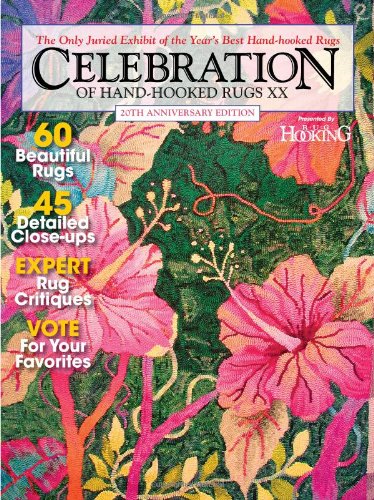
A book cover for Celebration of Hand-Hooked Rugs XX; Crafts, Hobbies & Home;